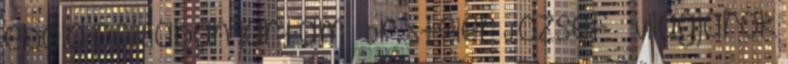
ebola poklában jártam – Dr. Steier József Világjárók